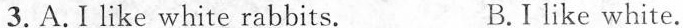
3.A.I like white rabbits. B.Ilike white.